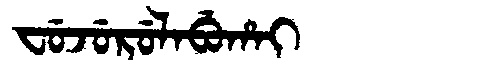
Manchu: ᠸᡠᠵᡠᡵᡠᠯᠠᠪᡠᡥᠠᡳ
Romanization: FUJURULABUHAI